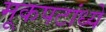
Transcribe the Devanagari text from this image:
मूकपटांध्ये